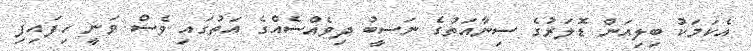
އެކަމަކު ބިލިއަން ޑޮލަރުގެ ސިނާއަތުގެ ނަސީބު ދިވެއްސެއްގެ އަތުގައި ވެސް ވަނީ ހިފައިފި